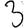
Digit: 3